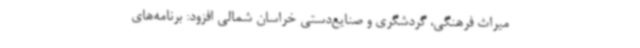
میراث فرهنگی، گردشگری و صنایع‌دستی خراسان شمالی افزود: برنامه‌های